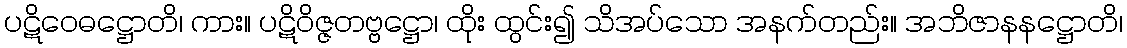
ပဋိဝေဓဋ္ဌောတိ၊ ကား။ ပဋိဝိဇ္ဇတဗ္ဗဋ္ဌော၊ ထိုး ထွင်း၍ သိအပ်သော အနက်တည်း။ အဘိဇာနနဋ္ဌောတိ၊